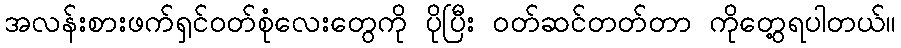
အလန်းစားဖက်ရှင်ဝတ်စုံလေးတွေကို ပိုပြီး ဝတ်ဆင်တတ်တာ ကိုတွေ့ရပါတယ်။